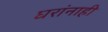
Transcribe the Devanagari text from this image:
घरांनाही